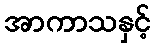
အာကာသနှင့်